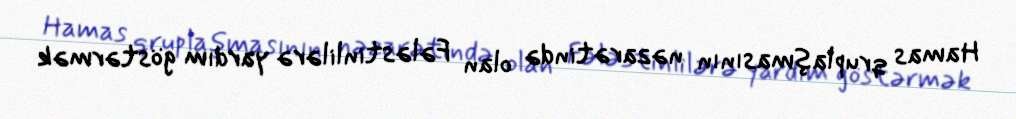
Hamas qruplaşmasının nəzarətində olan Fələstinlilərə yardım göstərmək